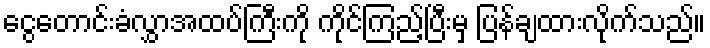
ငွေတောင်းခံလွှာအထပ်ကြီးကို ကိုင်ကြည့်ပြီးမှ ပြန်ချထားလိုက်သည်။